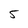
Character: 5